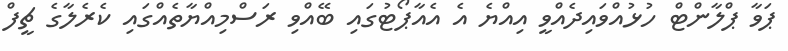
ޕަވާ ޕްލާންޓް ހުޅުއްވައިދެއްވީ އިއްޔެ އެ އެއާޕޯޓުގައި ބޭއްވި ރަސްމިއްޔާތެއްގައި ކެރެލާގެ ޗީފް